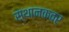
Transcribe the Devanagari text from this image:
स्थानकवर